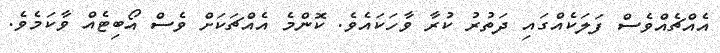
އެއްޗެއްވެސް ފަލަކެއްގައި ދަތުރު ކުރާ ވާހަކައެވެ. ކޮންމެ އެއްޗަކަށް ވެސް އޯބިޓެއް ވާކަމެވެ.